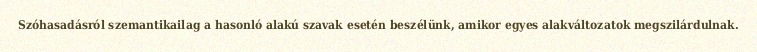
Szóhasadásról szemantikailag a hasonló alakú szavak esetén beszélünk, amikor egyes alakváltozatok megszilárdulnak.